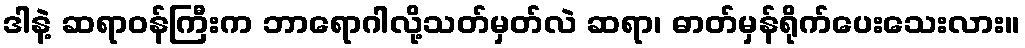
ဒါနဲ့ ဆရာဝန်ကြီးက ဘာရောဂါလို့သတ်မှတ်လဲ ဆရာ၊ ဓာတ်မှန်ရိုက်ပေးသေးလား။